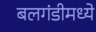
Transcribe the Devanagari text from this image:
बलगंडीमध्ये